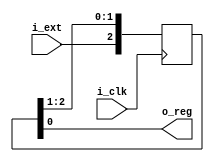
/*

Synchronize External Signal to Clock Domain

    +------------+
    | clk_sync   |
    |            |
--->|i_ext  o_reg|--->
    |            |
 +->|i_clk       |
 |  +------------+

*/

`default_nettype none

module clk_sync #(
  parameter STAGES = 3                  // number of FF stages to pass through (>= 2)
) (
  input             i_clk,              // domain clock
  input             i_ext,              // external (unsynchronized) signal
  output            o_reg               // registered (synchronized) signal
);

  reg [STAGES-1:0] stage;  // synchronization shift-register
  initial stage = 0;
  always @(posedge i_clk)
    stage <= { i_ext, stage[STAGES-1:1] };  // enter SR at MSB

  assign o_reg = stage[0];  // exit SR at LSB

endmodule

/*

The internal operation of this module is illustrated below:

        +-----------------------------------------------+
        |                                               |
        |       stage[2]     stage[1]     stage[0]      |
        |       +------+     +------+     +------+      |
  [i_ext>------>|D    Q|---->|D    Q|---->|D    Q|----->[o_reg>
        |       |      |     |      |     |      |      |
        |    +->|CLK   |  +->|CLK   |  +->|CLK   |      |
        |    |  +------+  |  +------+  |  +------+      |
        |    |            |            |                |
  [i_clk>----+------------+------------+                |
        |                                               |
        +-----------------------------------------------+

*/